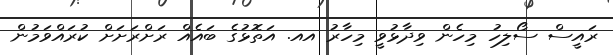
ރައީސް ސޯލިހު މިހެން ވިދާޅުވީ މިހާރު އއ. އަތޮޅުގެ ބައެއް ރަށްރަށަށް ކުރައްވަމުން